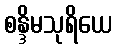
စန္ဒိမသုရိယေ